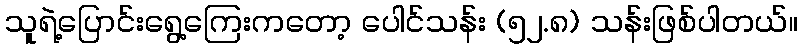
သူရဲ့ပြောင်းရွေ့ကြေးကတော့ ပေါင်သန်း (၅၂.၈) သန်းဖြစ်ပါတယ်။